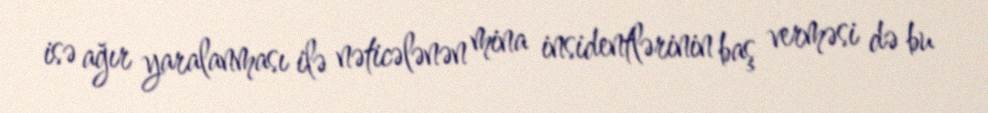
isə ağır yaralanması ilə nəticələnən mina insidentlərinin baş verməsi də bu